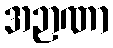
အဉာဏာ